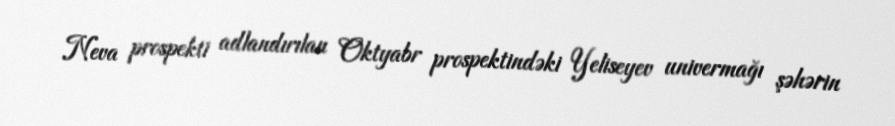
Neva prospekti adlandırılan Oktyabr prospektindəki Yeliseyev univermağı şəhərin